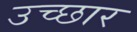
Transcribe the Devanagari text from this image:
उच्छार